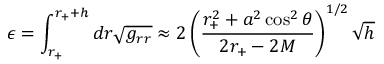
\epsilon = \int _ { r _ { + } } ^ { r _ { + } + h } d r \sqrt { g _ { r r } } \approx 2 \left( \frac { r _ { + } ^ { 2 } + a ^ { 2 } \cos ^ { 2 } \theta } { 2 r _ { + } - 2 M } \right) ^ { 1 / 2 } \sqrt { h }